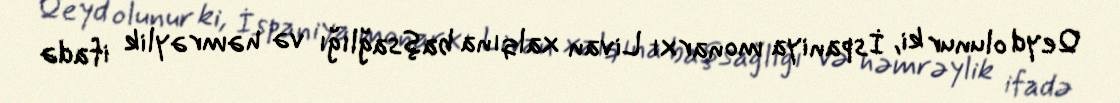
Qeyd olunur ki, İspaniya monarxı Livan xalqına başsağlığı və həmrəylik ifadə